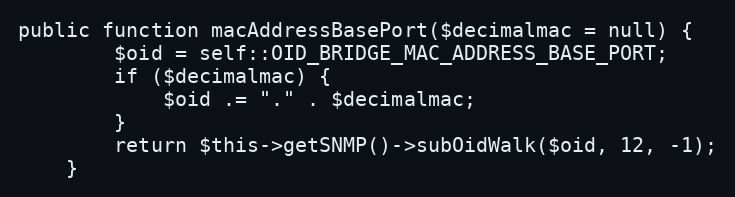
Language: PHP
public function macAddressBasePort($decimalmac = null) {
        $oid = self::OID_BRIDGE_MAC_ADDRESS_BASE_PORT;
        if ($decimalmac) {
            $oid .= "." . $decimalmac;
        }
        return $this->getSNMP()->subOidWalk($oid, 12, -1);
    }